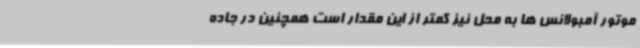
موتور آمبولانس ها به محل نیز کمتر از این مقدار است همچنین در جاده